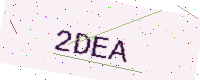
Text: 2DEA